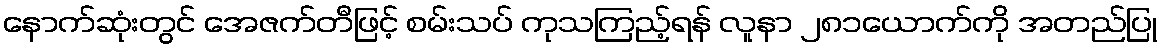
နောက်ဆုံးတွင် အေဇက်တီဖြင့် စမ်းသပ် ကုသကြည့်ရန် လူနာ ၂၈၁ယောက်ကို အတည်ပြု